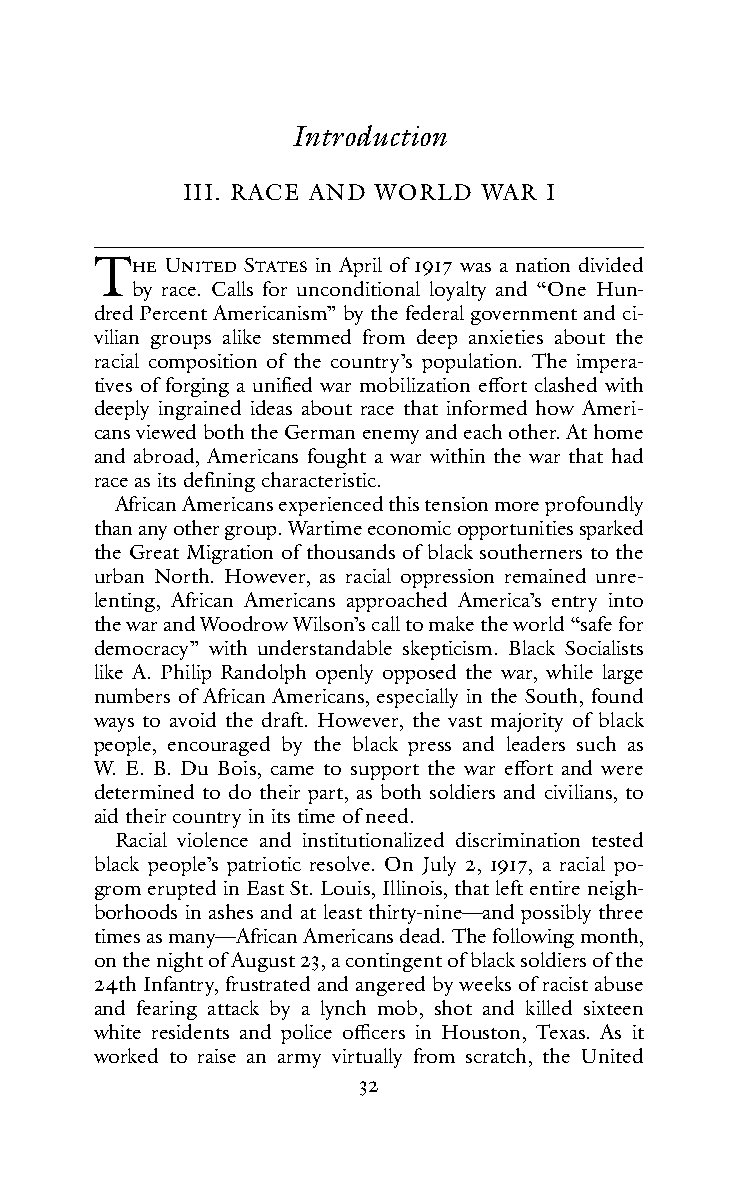
Introduction
 III. RACE AND WORLD WAR I
 THe  UnIted StAtes in April of 1917 was a nation divided
 by race. Calls for unconditional loyalty and “One Hun-
 dred Percent Americanism” by the federal government and ci-
 vilian groups alike stemmed from deep anxieties about the
 racial composition of the country’s population. The impera-
 tives of forging a unified war mobilization effort clashed with
 deeply ingrained ideas about race that informed how Ameri-
 cans viewed both the German enemy and each other. At home
 and abroad, Americans fought a war within the war that had
 race as its defining characteristic.
 African Americans experienced this tension more profoundly
 than any other group. Wartime economic opportunities sparked
 the Great Migration of thousands of black southerners to the
 urban North. However, as racial oppression remained unre-
 lenting, African Americans approached America’s entry into
 the war and Woodrow Wilson’s call to make the world “safe for
 democracy” with understandable skepticism. Black Socialists
 like A. Philip Randolph openly opposed the war, while large
 numbers of African Americans, especially in the South, found
 ways to avoid the draft. However, the vast majority of black
 people, encouraged by the black press and leaders such as
 W. E. B. Du Bois, came to support the war effort and were
 determined to do their part, as both soldiers and civilians, to
 aid their country in its time of need.
 Racial violence and institutionalized discrimination tested
 black people’s patriotic resolve. On July 2, 1917, a racial po-
 grom erupted in East St. Louis, Illinois, that left entire neigh-
 borhoods in ashes and at least thirty-nine—and possibly three
 times as many—African Americans dead. The following month,
 on the night of August 23, a contingent of black soldiers of the
 24th Infantry, frustrated and angered by weeks of racist abuse
 and fearing attack by a lynch mob, shot and killed sixteen
 white residents and police officers in Houston, Texas. As it
 worked to raise an army virtually from scratch, the United
 32